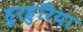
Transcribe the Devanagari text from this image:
हुरहुरिया